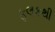
ફલકથી